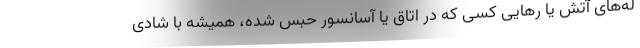
له‌های آتش یا رهایی کسی که در اتاق یا آسانسور حبس شده، همیشه با شادی